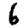
Digit: 6